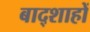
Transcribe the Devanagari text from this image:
बाद्शाहों